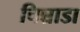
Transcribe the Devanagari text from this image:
चिन्नाडा